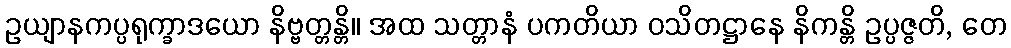
ဥယျာနကပ္ပရုက္ခာဒယော နိဗ္ဗတ္တန္တိ။ အထ သတ္တာနံ ပကတိယာ ဝသိတဋ္ဌာနေ နိကန္တိ ဥပ္ပဇ္ဇတိ, တေ